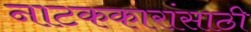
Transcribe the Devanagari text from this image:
नाटककारांसाठी